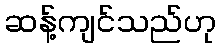
ဆန့်ကျင်သည်ဟု